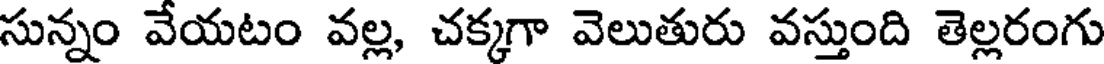
సున్నం వేయటం వల్ల, చక్కగా వెలుతురు వస్తుంది తెల్లరంగు